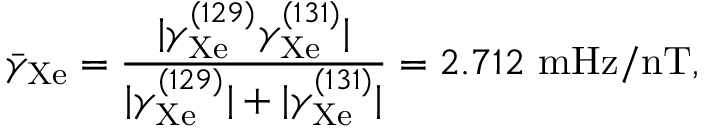
\bar { \gamma } _ { \mathrm { X e } } = \frac { \vert \gamma _ { \mathrm { { X e } } } ^ { ( 1 2 9 ) } \gamma _ { \mathrm { X e } } ^ { ( 1 3 1 ) } \vert } { \vert \gamma _ { \mathrm { X e } } ^ { ( 1 2 9 ) } \vert + \vert \gamma _ { \mathrm { X e } } ^ { ( 1 3 1 ) } \vert } = 2 . 7 1 2 ~ \mathrm { m H z / n T } ,